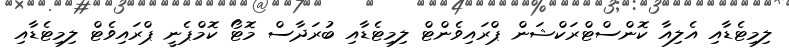
ލިމިޓެޑާއި އެލިއާ ކޮންސްޓްރަކްޝަން ޕްރައިވެންޓް ލިމިޓެޑާއި ބުރަދާސް މޮޓޯ ކޮމްޕެނީ ޕްރައިވެޓް ލިމިޓެޑާއި